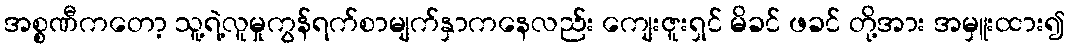
အစ္စဏီကတော့ သူ့ရဲ့လူမှုကွန်ရက်စာမျက်နှာကနေလည်း ကျေးဇူးရှင် မိခင် ဖခင် တို့အား အမှူးထား၍